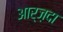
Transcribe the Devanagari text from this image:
आर्ज़दा